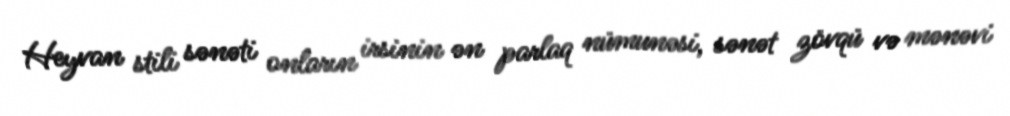
Heyvan stili sənəti onların irsinin ən parlaq nümunəsi, sənət zövqü və mənəvi